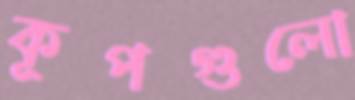
কূপগুলো